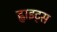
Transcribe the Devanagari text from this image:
ह्वाइट्स